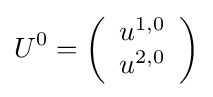
U^{0}=\left({\begin{array}{c}u^{1,0}\\u^{2,0}\end{array}}\right)